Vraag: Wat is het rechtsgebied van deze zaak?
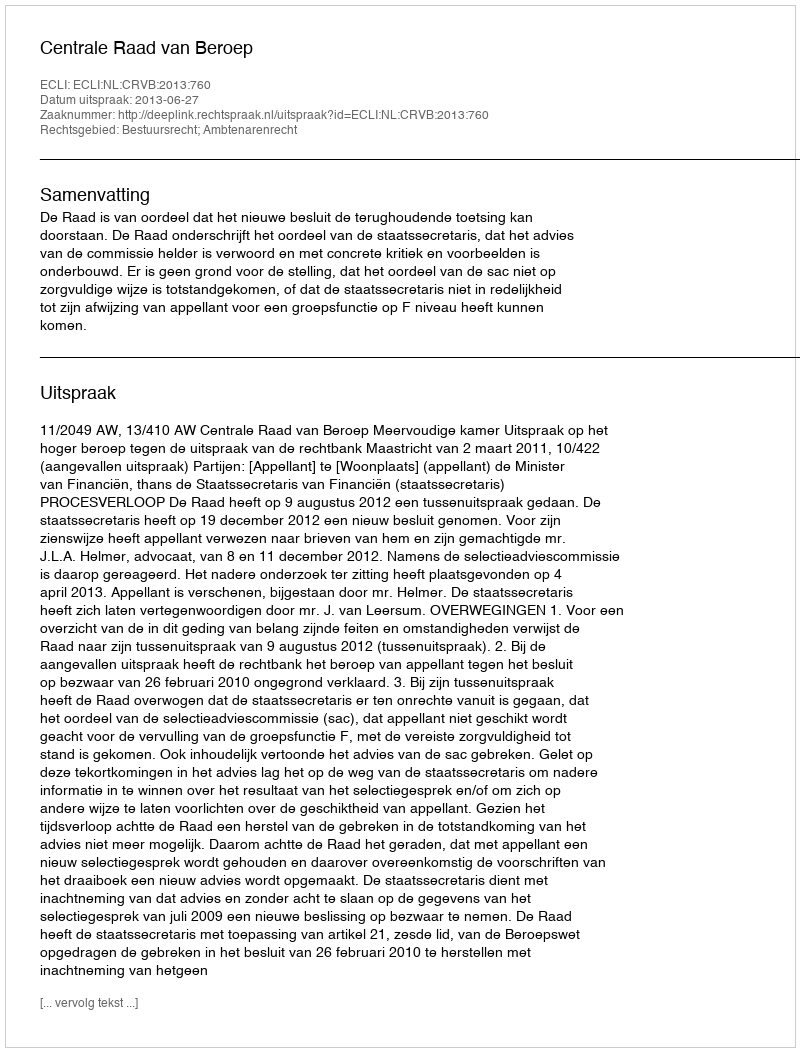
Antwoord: Bestuursrecht; Ambtenarenrecht